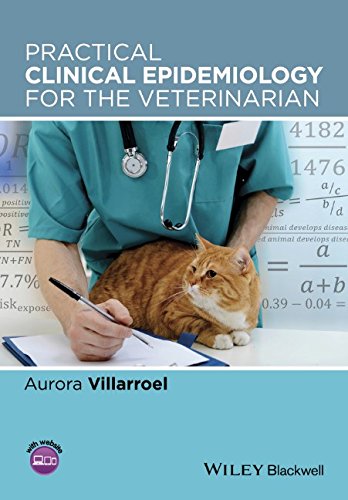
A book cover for Practical Clinical Epidemiology for the Veterinarian; Aurora Villarroel; Medical Books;